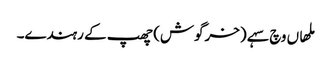
ملھاں وچ سہے (خرگوش) چھپ کے رہندے۔